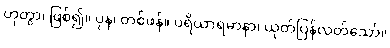
ဟုတွာ၊ ဖြစ်၍။ ပုန၊ တစ်ဖန်။ ပရိယာရမာနာ၊ ယုတ်ပြန်လတ်သော်။